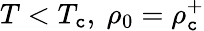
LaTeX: T<T_{\mathtt{c}},\ \rho_{0}=\rho_{\mathtt{c}}^{+}